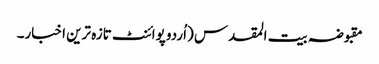
مقبوضہ بیت المقدس (اُردو پوائنٹ تازہ ترین اخبار۔